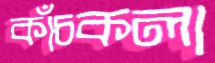
কাঁচকলা